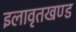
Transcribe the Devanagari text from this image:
इलावृतखण्ड